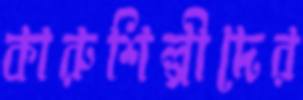
কারুশিল্পীদের